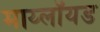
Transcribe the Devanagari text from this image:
माय्लॉयड